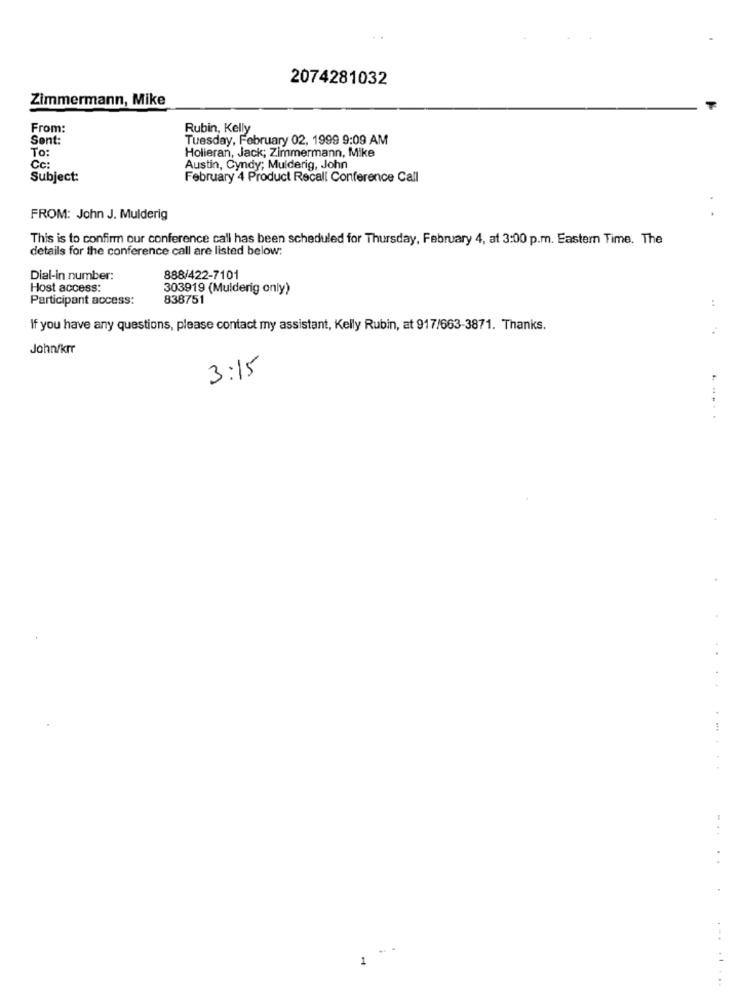
2074281032
Zimmermann, Mike
From:
Rubin, Kelly
Sent:
Tuesday, February 02, 1999 9:09 AM
To:
Holleran, Jack; Zimmermann, Mike
Cc:
Austin, Cyndy; Mulderig, John
Subject:
February 4 Product Recall Conference Call
. .
FROM: John J. Mulderig
This is to confirm our conference call has been scheduled for Thursday, February 4, at 3:00 p.m. Eastern Time. The
details for the conference call are listed below:
Dial-in number:
888/422-7101
Host access:
303919 (Mulderig only)
Participant access:
838751
:
If you have any questions, please contact my assistant, Kelly Rubin, at 917/663-3871. Thanks.
Johnfkrr
3:15
....
. .
.......
.....
...
1